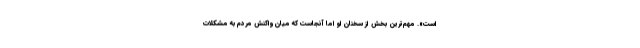
است». مهم‌ترین بخش از سخنان او اما آنجاست که میان واکنش مردم به مشکلات